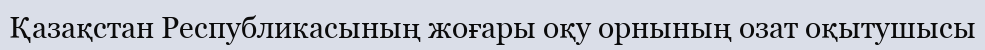
Қазақстан Республикасының жоғары оқу орнының озат оқытушысы